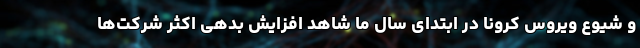
و شیوع ویروس کرونا در ابتدای سال ما شاهد افزایش بدهی اکثر شرکت‌ها